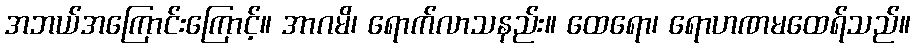
အဘယ်အကြောင်းကြောင့်။ အာဂမိ၊ ရောက်လာသနည်း။ ထေရော၊ ရောဟဏမထေရ်သည်။